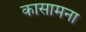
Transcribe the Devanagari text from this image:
कासामना